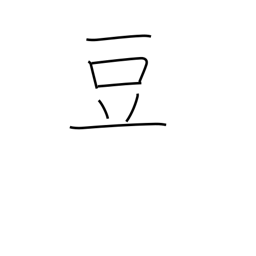
Meaning: midget